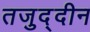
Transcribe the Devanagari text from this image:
तजुद्दीन